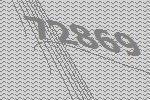
72869